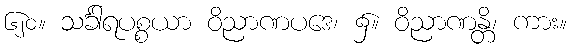
၆၂၀။ သင်္ခါရပစ္စယာ ဝိညာဏပဒေ၊ ၌။ ဝိညာဏန္တိ၊ ကား။